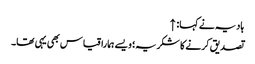
ہادیہ نے کہا: ↑
تصدیق کرنے کا شکریہ؛ ویسے ہمارا قیاس بھی یہی تھا۔